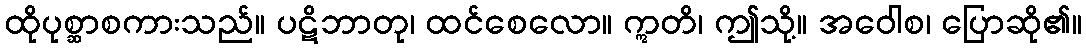
ထိုပုစ္ဆာစကားသည်။ ပဋိဘာတု၊ ထင်စေလော။ ဣတိ၊ ဤသို့။ အဝေါစ၊ ပြောဆို၏။